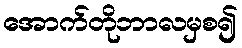
အောက်တိုဘာလမှစ၍